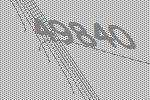
49840